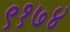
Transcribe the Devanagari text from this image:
९१७४